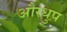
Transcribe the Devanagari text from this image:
औरधुप